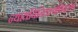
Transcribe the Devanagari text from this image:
न्यायविनिश्चयविवरण